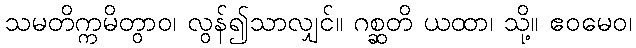
သမတိက္ကမိတွာဝ၊ လွန်၍သာလျှင်။ ဂစ္ဆတိ ယထာ၊ သို့။ ဧဝမေဝ၊